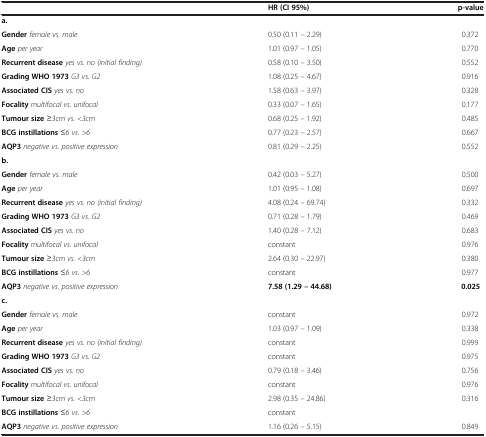
<table><thead><tr><td><b> </b></td><td><b>HR (CI 95%)</b></td><td><b>p-value</b></td></tr></thead><tbody><tr><td><b>a.</b></td><td> </td><td> </td></tr><tr><td><b>Gender</b><i>female vs. male</i></td><td>0.50 (0.11 – 2.29)</td><td>0.372</td></tr><tr><td><b>Age</b><i>per year</i></td><td>1.01 (0.97 – 1.05)</td><td>0.770</td></tr><tr><td><b>Recurrent disease</b><i>yes vs. no (initial finding)</i></td><td>0.58 (0.10 – 3.50)</td><td>0.552</td></tr><tr><td><b>Grading WHO 1973</b><i>G3 vs. G2</i></td><td>1.08 (0.25 – 4.67)</td><td>0.916</td></tr><tr><td><b>Associated CIS</b><i>yes vs. no</i></td><td>1.58 (0.63 – 3.97)</td><td>0.328</td></tr><tr><td><b>Focality</b><i>multifocal vs. unifocal</i></td><td>0.33 (0.07 – 1.65)</td><td>0.177</td></tr><tr><td><b>Tumour size</b><i>≥3cm vs. &lt;3cm</i></td><td>0.68 (0.25 – 1.92)</td><td>0.485</td></tr><tr><td><b>BCG instillations</b><i>≤6 vs. &gt;6</i></td><td>0.77 (0.23 – 2.57)</td><td>0.667</td></tr><tr><td><b>AQP3</b><i>negative vs. positive expression</i></td><td>0.81 (0.29 – 2.25)</td><td>0.552</td></tr><tr><td><b>b.</b></td><td> </td><td> </td></tr><tr><td><b>Gender</b><i>female vs. male</i></td><td>0.42 (0.03 – 5.27)</td><td>0.500</td></tr><tr><td><b>Age</b><i>per year</i></td><td>1.01 (0.95 – 1.08)</td><td>0.697</td></tr><tr><td><b>Recurrent disease</b><i>yes vs. no (initial finding)</i></td><td>4.08 (0.24 – 69.74)</td><td>0.332</td></tr><tr><td><b>Grading WHO 1973</b><i>G3 vs. G2</i></td><td>0.71 (0.28 – 1.79)</td><td>0.469</td></tr><tr><td><b>Associated CIS</b><i>yes vs. no</i></td><td>1.40 (0.28 – 7.12)</td><td>0.683</td></tr><tr><td><b>Focality</b><i>multifocal vs. unifocal</i></td><td>constant</td><td>0.976</td></tr><tr><td><b>Tumour size</b><i>≥3cm vs. &lt;3cm</i></td><td>2.64 (0.30 – 22.97)</td><td>0.380</td></tr><tr><td><b>BCG instillations</b><i>≤6 vs. &gt;6</i></td><td>constant</td><td>0.977</td></tr><tr><td><b>AQP3</b><i>negative vs. positive expression</i></td><td><b>7.58 (1.29 – 44.68)</b></td><td><b>0.025</b></td></tr><tr><td><b>c.</b></td><td> </td><td> </td></tr><tr><td><b>Gender</b><i>female vs. male</i></td><td>constant</td><td>0.972</td></tr><tr><td><b>Age</b><i>per year</i></td><td>1.03 (0.97 – 1.09)</td><td>0.338</td></tr><tr><td><b>Recurrent disease</b><i>yes vs. no (initial finding)</i></td><td>constant</td><td>0.999</td></tr><tr><td><b>Grading WHO 1973</b><i>G3 vs. G2</i></td><td>constant</td><td>0.975</td></tr><tr><td><b>Associated CIS</b><i>yes vs. no</i></td><td>0.79 (0.18 – 3.46)</td><td>0.756</td></tr><tr><td><b>Focality</b><i>multifocal vs. unifocal</i></td><td>constant</td><td>0.976</td></tr><tr><td><b>Tumour size</b><i>≥3cm vs. &lt;3cm</i></td><td>2.98 (0.35 – 24.86)</td><td>0.316</td></tr><tr><td><b>BCG instillations</b><i>≤6 vs. &gt;6</i></td><td>constant</td><td> </td></tr><tr><td><b>AQP3</b><i>negative vs. positive expression</i></td><td>1.16 (0.26 – 5.15)</td><td>0.849</td></tr></tbody></table>